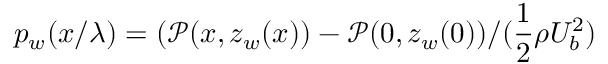
p _ { w } ( x / \lambda ) = ( \mathcal { P } ( x , z _ { w } ( x ) ) - \mathcal { P } ( 0 , z _ { w } ( 0 ) ) / ( \frac { 1 } { 2 } \rho U _ { b } ^ { 2 } )